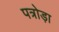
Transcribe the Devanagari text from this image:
पत्रोड़ा